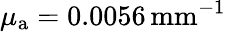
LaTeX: \mu_{{\mathrm a}}=0.0056\, \textrm{mm}^{-1}